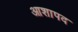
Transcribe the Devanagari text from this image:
आशापद